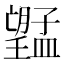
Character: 𭩔